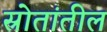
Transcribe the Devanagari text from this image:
स्रोतांतील